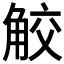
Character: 𧣦